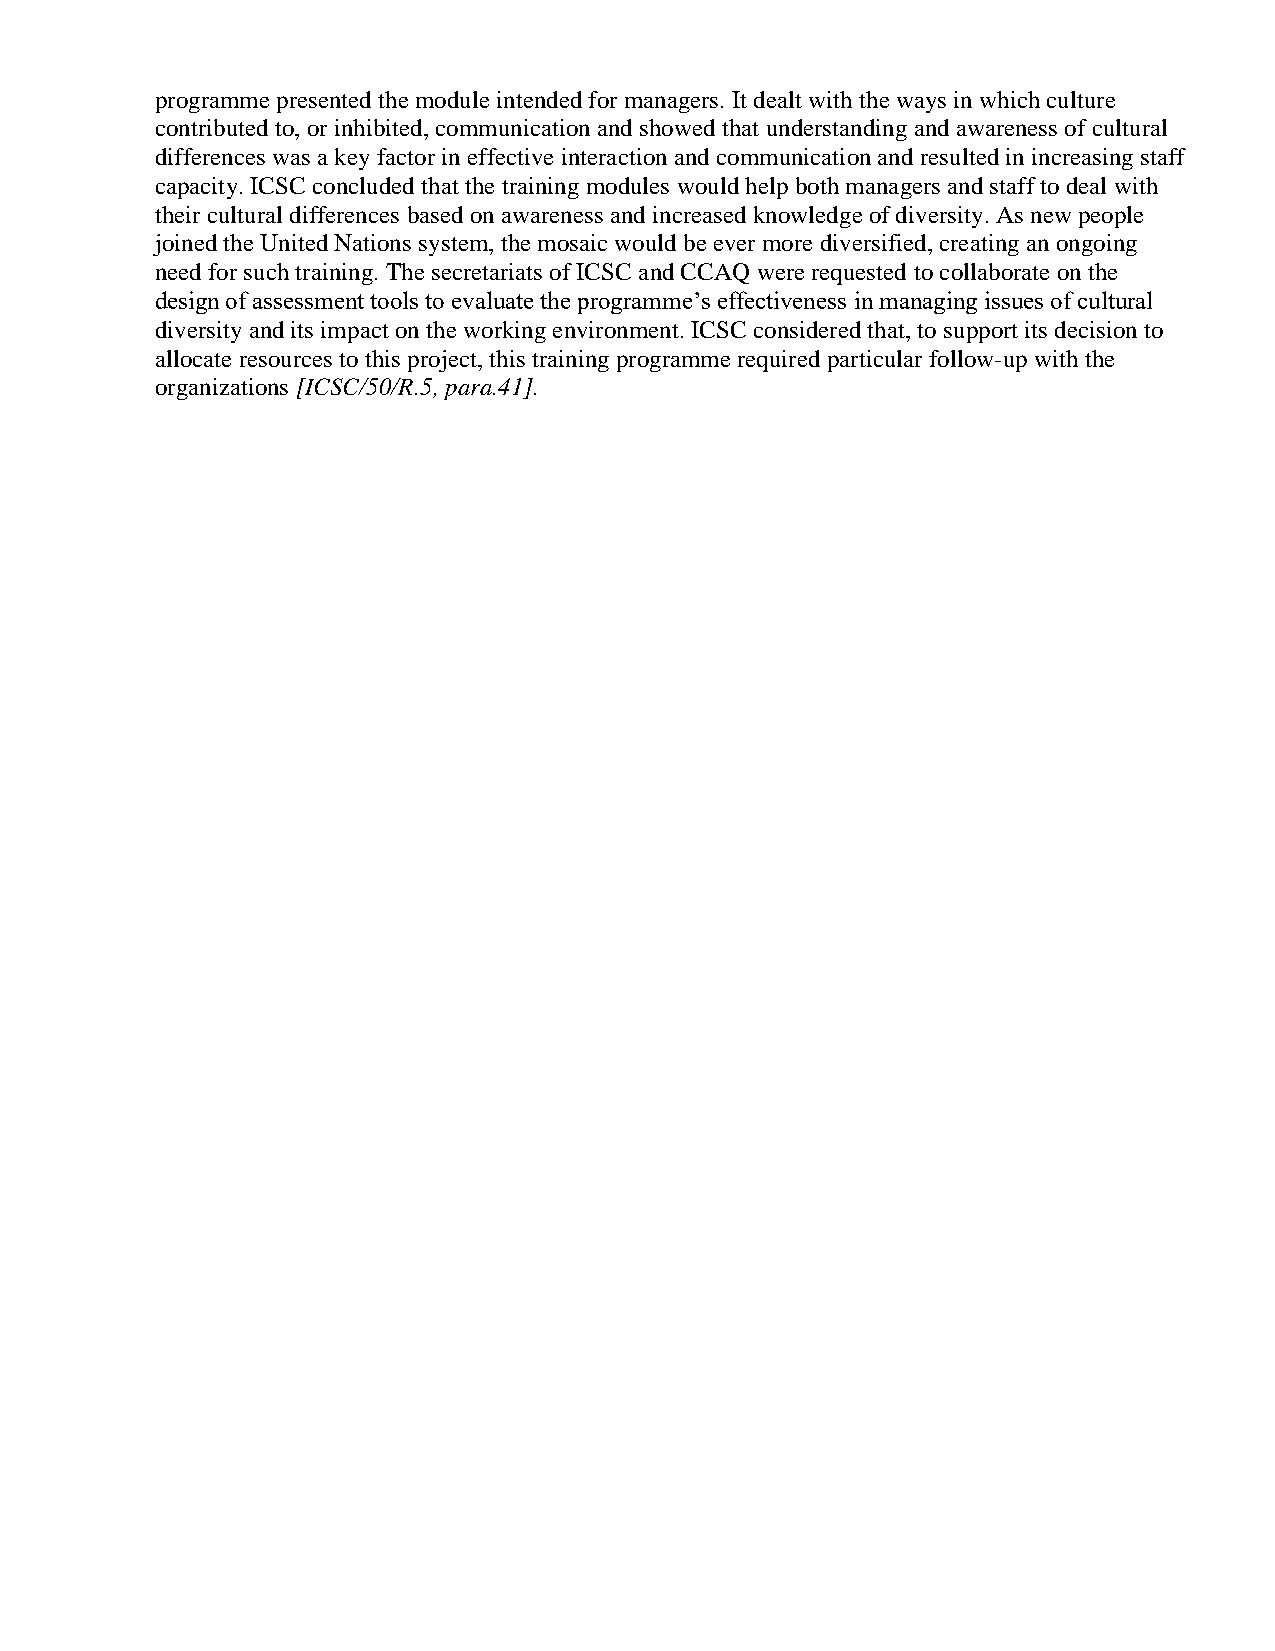
programme presented the module intended for managers. It dealt with the ways in which culture
 contributed to, or inhibited, communication and showed that understanding and awareness of cultural
 differences was a key factor in effective interaction and communication and resulted in increasing staff
 capacity. ICSC concluded that the training modules would help both managers and staff to deal with
 their cultural differences based on awareness and increased knowledge of diversity. As new people
 joined the United Nations system, the mosaic would be ever more diversified, creating an ongoing
 need for such training. The secretariats of ICSC and CCAQ were requested to collaborate on the
 design of assessment tools to evaluate the programme’s effectiveness in managing issues of cultural
 diversity and its impact on the working environment. ICSC considered that, to support its decision to
 allocate resources to this project, this training programme required particular follow-up with the
 organizations [ICSC/50/R.5, para.41].